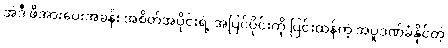
အဲဒီ ဖိအားပေးအခန်း အစိတ်အပိုင်းရဲ့ အပြင်ပိုင်းကို ပြင်းထန်တဲ့ အပူဒဏ်ခံနိုင်တဲ့